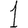
Digit: 1